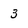
Character: 3